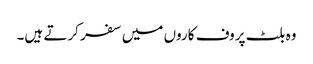
وہ بلٹ پروف کاروں میں سفر کرتے ہیں۔